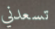
تسعدني